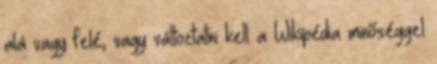
alá vagy felé, vagy változtatni kell a Wikipédia minőséggel